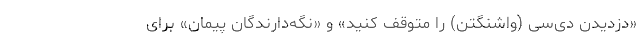
«دزدیدن دی‌سی‌ (واشنگتن) را متوقف کنید» و «نگه‌دارندگان پیمان» برای